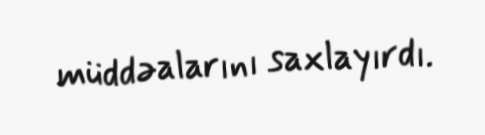
müddəalarını saxlayırdı.